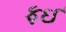
ફઈ